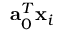
{ \mathbf { a } } _ { 0 } ^ { T } { \mathbf { x } } _ { i }